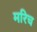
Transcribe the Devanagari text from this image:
मरिच